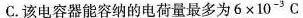
C.该电容器能容纳的电荷量最多为$$6 \times 1 0 ^ { - 3 } C$$